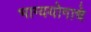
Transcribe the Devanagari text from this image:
भाग्ययोगाचे